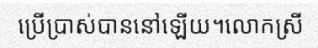
ប្រើប្រាស់បាននៅឡើយ។លោកស្រី